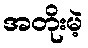
အတိုးမဲ့